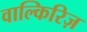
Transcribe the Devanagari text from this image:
वाल्किरिज़